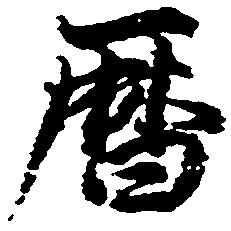
暦